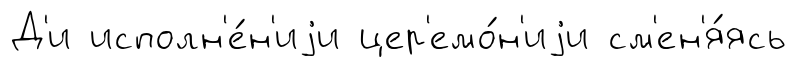
Д'и исполн'е́н'иjи цер'емо́н'иjи см'ен'я́ясь